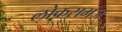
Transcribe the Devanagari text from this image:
लोकसमज